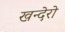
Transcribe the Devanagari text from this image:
खन्देरो